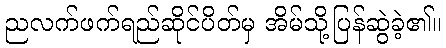
ညလက်ဖက်ရည်ဆိုင်ပိတ်မှ အိမ်သို့ပြန်ဆွဲခဲ့၏။